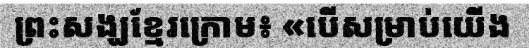
ព្រះសង្ឃខ្មែរក្រោម៖ «បើសម្រាប់យើង